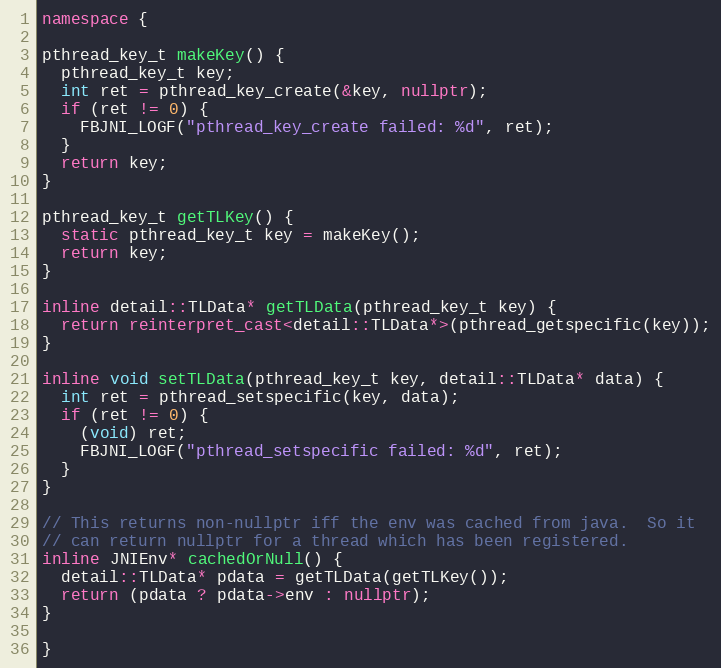
Language: C++
namespace {

pthread_key_t makeKey() {
  pthread_key_t key;
  int ret = pthread_key_create(&key, nullptr);
  if (ret != 0) {
    FBJNI_LOGF("pthread_key_create failed: %d", ret);
  }
  return key;
}

pthread_key_t getTLKey() {
  static pthread_key_t key = makeKey();
  return key;
}

inline detail::TLData* getTLData(pthread_key_t key) {
  return reinterpret_cast<detail::TLData*>(pthread_getspecific(key));
}

inline void setTLData(pthread_key_t key, detail::TLData* data) {
  int ret = pthread_setspecific(key, data);
  if (ret != 0) {
    (void) ret;
    FBJNI_LOGF("pthread_setspecific failed: %d", ret);
  }
}

// This returns non-nullptr iff the env was cached from java.  So it
// can return nullptr for a thread which has been registered.
inline JNIEnv* cachedOrNull() {
  detail::TLData* pdata = getTLData(getTLKey());
  return (pdata ? pdata->env : nullptr);
}

}